Report of the King Institute of Preventive Medicine, Guindy
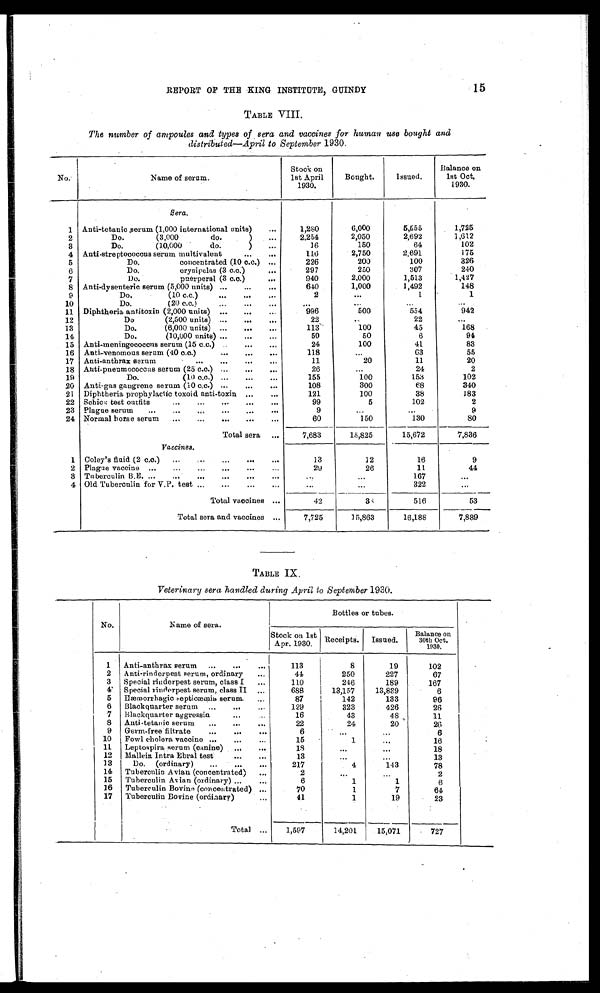
REPORT OF THE KING INSTITUTE, GUINDY
15
TABLE VIII.
The number of ampoules and types of sera and vaccines for human use bought and
distributed-April to September 1930.
N o .
Name of serum.
Stock on
1st April
1930.
Bought.
Issued.
Balance on
1st Oct
, 1930.
Sera .
1 Anti-tetanic serum (1,000 international units)
1,280
6,000
5,555
1,725
2
Do. (3,000 do.)
2,254
2,050
2,692
1,612
3
Do. (10,000 do.)
16
150
64
102
4 Anti-streptococcus serum multivalent
116
2,750
2,691
175
5
Do. concentrated (10 c.c.)
226
200
100
3 2 6
6
Do. erysipelas (3 c.c.)
297
250
307
240
7
Do. puerperal (3 c.c.)
940
2,000
1,513
1,427
8 Anti-dysenteric serum (5,000 units)
640
1,000
1,492
148
9
Do. (10 c.c.)
2
1
1
10
Do. (20 c.c.)
11 Diphtheria antitoxin (2,000 units)
996
500
554
942
12
Do (2,500 units)
22
22
13
Do. (6,000 units)
113
100
45
168
11
Do. (10,000 units)
50
50
6
94
15 Anti-meningococcns serum (15 c.c.)
24
100
41
83
16 Anti-venomous serum (40 c.c.)
118
63
55
17 Anti-anthrax serum
11
20
11
20
18 Anti-pneumococcus serum (25 c.c.)
2
24
2
19
Do. (10 c.c.)
155
100
153
102
20 Anti-gas gangrene serum (10 c.c.)
108
300
68
340
21 Diphtheria prophylactic toxoid anti-toxin
121
100
38
183
22 Schick test outfits
99
5
102
2
23 Plague serum
9
9
24 Normal horse serum
60
150
130
80
Total sera
7,683
15,825
15,672
7,836
Vaccines.
1 Coley's fluid (2 c.c.)
13
12
16
9
2 Plague vaccine.
29
26
11
44
3 Tuberculin B.E.
167
4 Old Tuberculin for V.P. test
322
Total vaccines
42
3
516
53
Total sera and vaccines
7,725
15,863
16,188
7,889
TABLE IX.
Veterinary sera handled during April to September 1930.
No.
Name of sera.
Bottles or tubes.
Stock on 1st
Apr. 1930.
Receipts.
Issued.
Balance on
30th Oct.
1930.
1
Anti-anthrax serum
113
8
19
102
2
Anti-rinderpest serum, ordinary
44
250
227
67
3
Special rinderpest serum, class I
110
246
189
167
4
Special rinderpest serum, class II
688
13,157
13,839
6
5 Hæmorrhagic septicæmia, serum.
87
142
133
96
6
Blackquarter serum
129
323
426
26
7
Blackquarter aggressin
16
43
48
11
8
Anti-tetanic serum
22
24
20
26
9
Germ-free filtrate
6
6
10
Fowl cholera vaccine
15
1
16
11 Liptospira serum (canine)
1 8
18
12
Mallein Intra Ebral test
13
13
13
Do. (ordinary)
217
4
143
78
14
Tuberculin Avian (concentrated)
2
2
15
Tuberculin Avian (ordinary)
6
1
1
6
16
Tuberculin Bovine (concentrared)
70
1
7
64
17
Tuberculin Bovine (ordinary)
41
1
19
23
Total
1,597
14,201
15,071
727